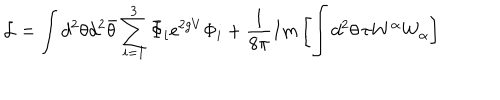
LaTeX: { \cal { L } } = \int d ^ { 2 } \theta d ^ { 2 } { \bar { \theta } } \sum _ { i = 1 } ^ { 3 } { \bar { \Phi } } _ { i } \mathrm { e } ^ { 2 g V } \Phi _ { i } + \frac { 1 } { 8 \pi } I m \left[ \int d ^ { 2 } \theta \, \tau W ^ { \alpha } W _ { \alpha } \right]